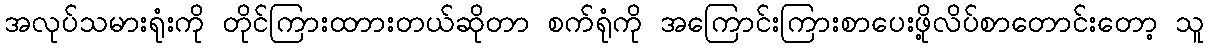
အလုပ်သမားရုံးကို တိုင်ကြားထာားတယ်ဆိုတာ စက်ရုံကို အကြောင်းကြားစာပေးဖို့လိပ်စာတောင်းတော့ သူ